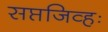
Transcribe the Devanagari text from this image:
सप्तजिव्हः